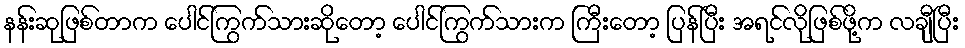
နန်းဆုဖြစ်တာက ပေါင်ကြွက်သားဆိုတော့ ပေါင်ကြွက်သားက ကြီးတော့ ပြန်ပြီး အရင်လိုဖြစ်ဖို့က လချီပြီး